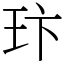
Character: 玣